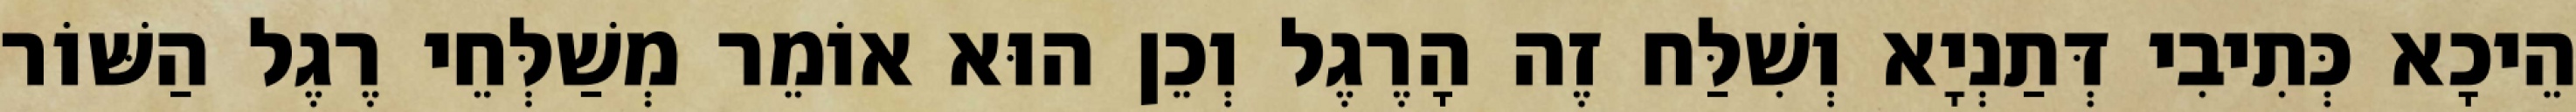
הֵיכָא כְּתִיבִי דְּתַנְיָא וְשִׁלַּח זֶה הָרֶגֶל וְכֵן הוּא אוֹמֵר מְשַׁלְּחֵי רֶגֶל הַשּׁוֹר